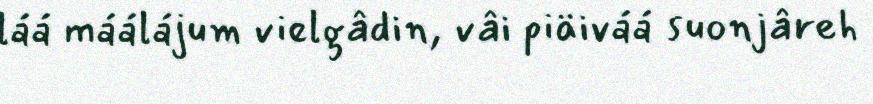
láá máálájum vielgâdin, vâi piäiváá suonjâreh